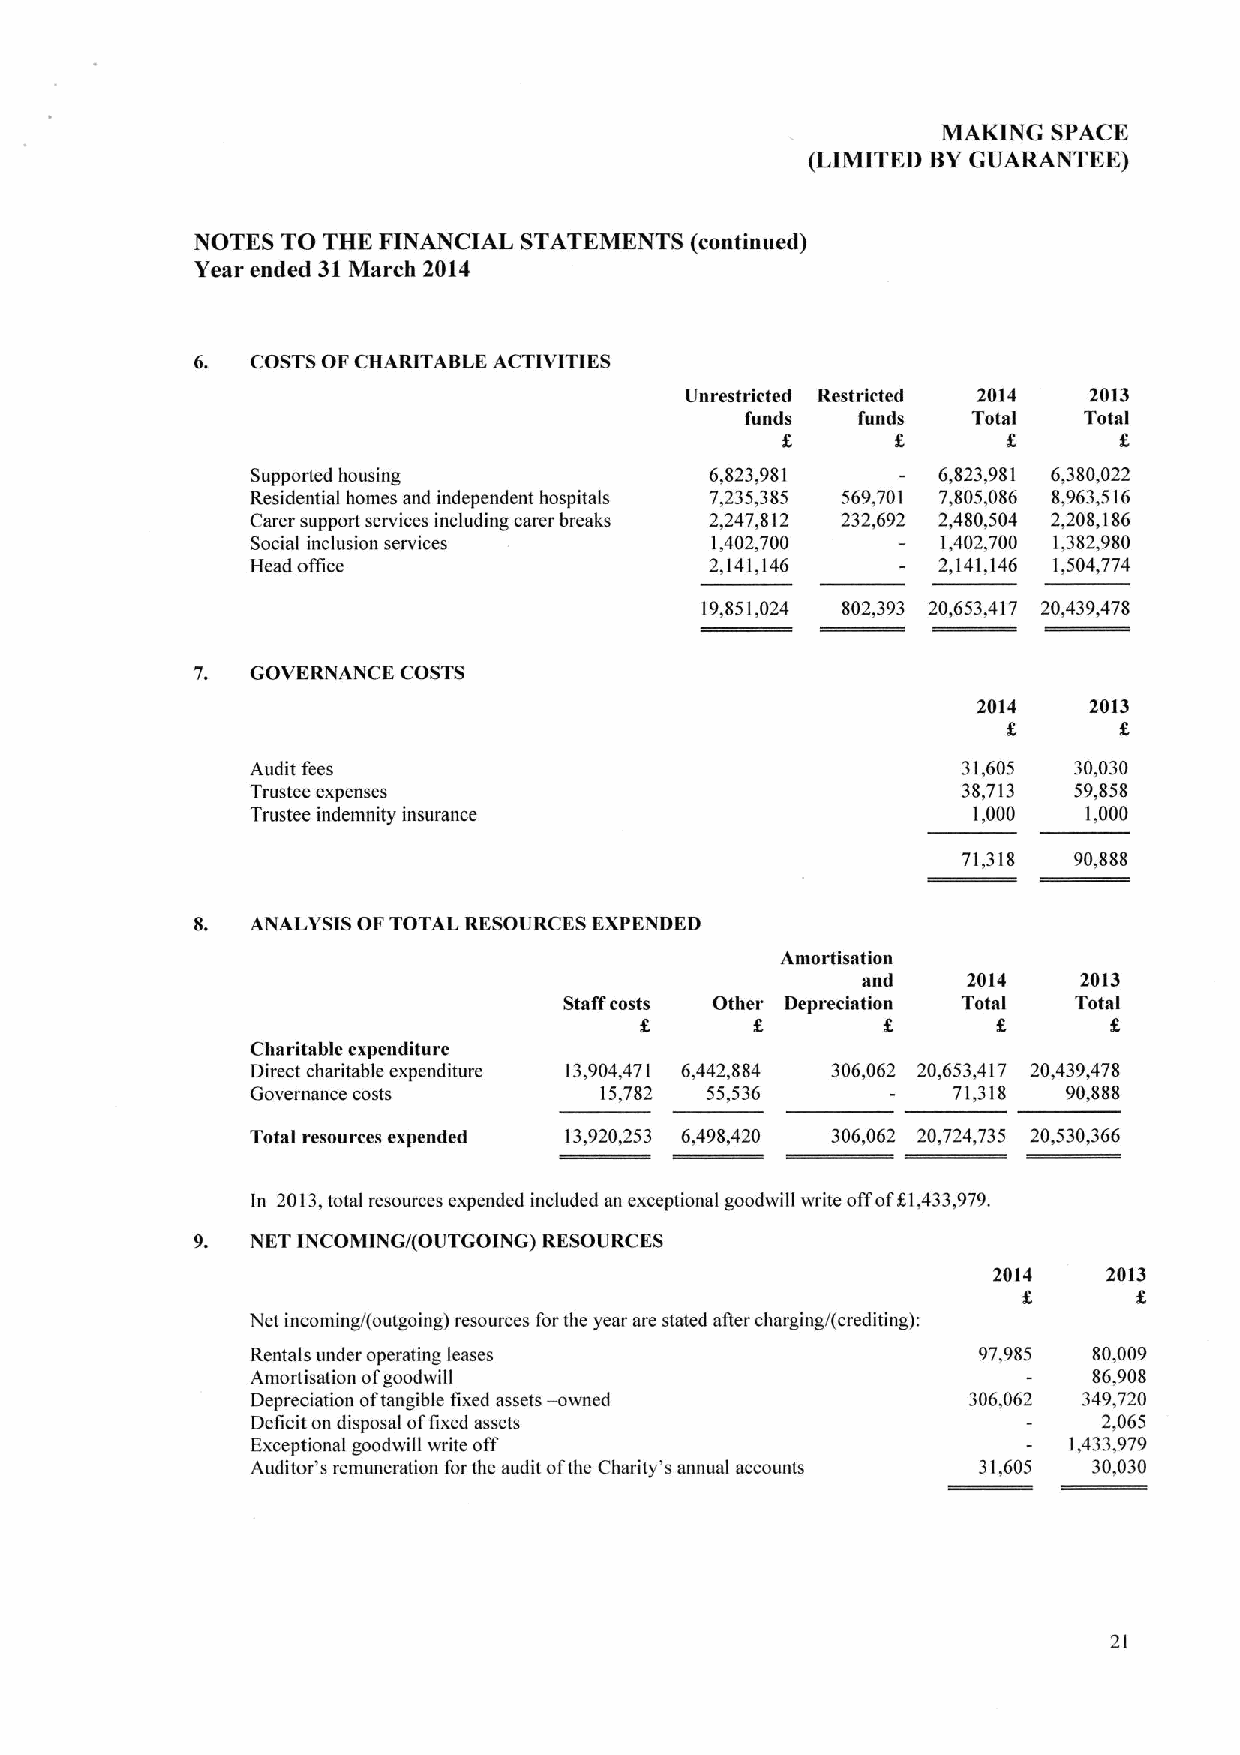
MAKING  SPACE
 (LIMITED BYGUARANTEE)
 NOTES TO THE FINANCIAL STATEMENTS (continued)
 Year ended 31March 2014
 6.  COSTSOFCBARITASLE ACTIVITIES
 Unrestricted Restricted 2014 2013
 funds   funds  Total   Total
 8       8
 Supported housing             6,823,981      6,823,981 6,380,022
 Residential homes and independent hospitals 7,235,385 569,701 7,805,086 8,963,516
 Carer support services including carer breaks 2,247,812 232,692 2,480,504 2,208, 186
 Social inclusion services     1,402,700      1,402,700 1,382,980
 Head office                   2,141,146      2,141,146 1,504,774
 19,851,024 802,393 20,653,417 20,439,478
 7.  GOVERNANCE COSTS
 2014   2013
 8
 Audit fees                                     31,605 30,030
 Trustee expenses                               38,713 59,858
 Trustee indemnity insurance                    1,000   1,000
 71,318 90,888
 8.  ANALYSIS OFTOTAL RESOURCES EXPENDED
 Amortisation
 and    2014    2013
 Staffcosts Other Depreciation Total Total
 8       8              8
 Charitable expenditure
 Direct charitable expenditure 13,904,471 6,442,884 306,062 20,653,417 20,439,478
 Governance costs       15,782 55,536          71,318  90,888
 Total resources expended 13,920,253 6,498,420 306,062 20,724,735 20,530,366
 In 2013,total resources expended included an exceptional goodwill write offof61,433,979.
 NET INCOMING/(OUTGOING) RESOURCES
 2014   2013
 8
 Net incoming/(outgoing) resources forthe year are stated atter charging/(crediting):
 Rentals under operating leases                  97,985 80,009
 Amortisation ofgoodwill                                86,908
 Depreciation oftangible fixed assets — owned   306,062 349,720
 Deficit on disposal offixed assets                      2,065
 Exceptional goodwill write off                        1,433,979
 Auditor's remuneration for the audit ofthe Charity's annual accounts 31,605 30,030
 21